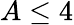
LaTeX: A\leq 4